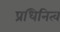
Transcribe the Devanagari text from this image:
प्रधिनित्व